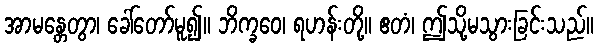
အာမန္တေတွာ၊ ခေါ်တော်မူ၍။ ဘိက္ခဝေ၊ ရဟန်းတို့။ ဧတံ၊ ဤသို့မသွားခြင်းသည်။